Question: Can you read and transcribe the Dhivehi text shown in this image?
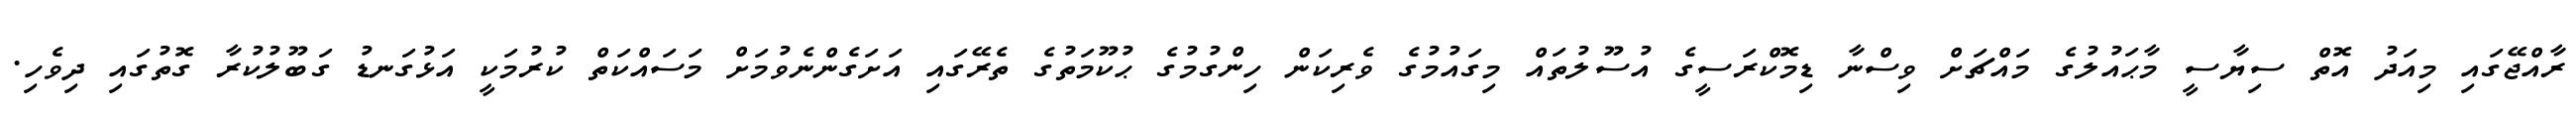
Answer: ރާއްޖޭގައި މިއަދު އޮތް ސިޔާސީ މާޙައުލުގެ މައްޗަށް ވިސްނާ ޑިމޮކްރަސީގެ އުސޫލުތައް މިގައުމުގެ ވެރިކަން ހިންގުމުގެ ޙުކޫމަތުގެ ތެރޭގައި އަށަގެންނެވުމަށް މަސައްކަތް ކުރުމަކީ އަޅުގަނޑު ގަބޫލުކުރާ ގޮތުގައި ދިވެހި.